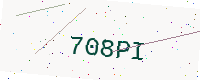
Text: 708PI